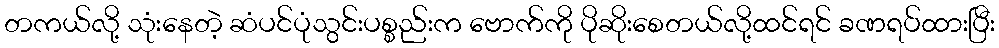
တကယ်လို့ သုံးနေတဲ့ ဆံပင်ပုံသွင်းပစ္စည်းက ဗောက်ကို ပိုဆိုးစေတယ်လို့ထင်ရင် ခဏရပ်ထားပြီး